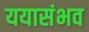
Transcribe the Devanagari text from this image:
ययासंभव